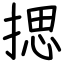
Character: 揌